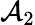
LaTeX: \mathbf{\mathcal{A}}_{2}